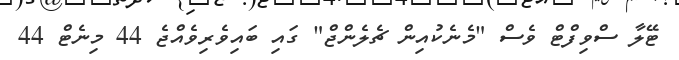
ޓޭލާ ސްވިފްޓް ވެސް "މެނެކުއިން ޗެލެންޖް" ގައި ބައިވެރިވެއްޖެ 44 މިނެޓް 44